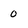
Character: o